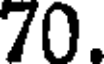
70.